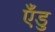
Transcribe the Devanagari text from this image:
एँडु